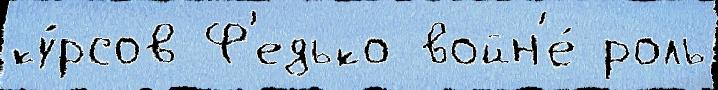
ку́рсов Ф'едько войн'е́ роль